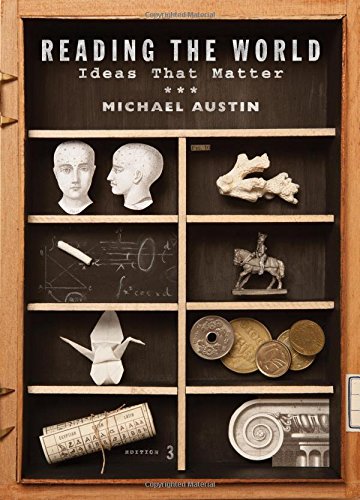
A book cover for Reading the World: Ideas That Matter (Third Edition); Michael Austin; Politics & Social Sciences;